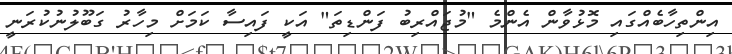
އިންތިހާބެއްގައި މޮޅުވާން އެންމެ "މުޖައްރިބު ފަންޑިތަ" އަކީ ފައިސާ ކަމަށް މިހާރު ގަބޫލުނުކުރަނީ